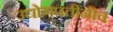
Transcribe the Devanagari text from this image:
उद्योगपतींनीच